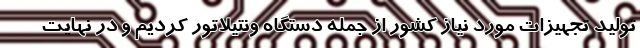
تولید تجهیزات مورد نیاز کشور از جمله دستگاه ونتیلاتور کردیم و در نهایت